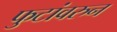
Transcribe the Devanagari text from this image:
फुटांवरुन